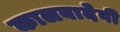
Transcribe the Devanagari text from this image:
कालबादेवी